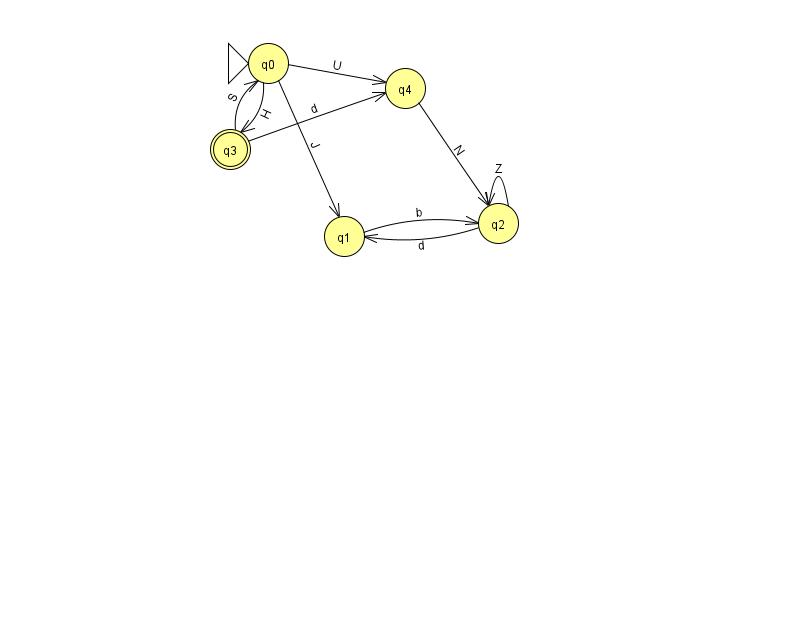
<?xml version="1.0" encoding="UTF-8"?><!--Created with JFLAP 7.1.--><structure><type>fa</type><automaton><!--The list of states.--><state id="0" name="q0"><x>268.0</x><y>50.0</y><initial/></state><state id="1" name="q1"><x>344.0</x><y>223.0</y></state><state id="2" name="q2"><x>498.0</x><y>210.0</y></state><state id="3" name="q3"><x>230.0</x><y>136.0</y><final/></state><state id="4" name="q4"><x>405.0</x><y>75.0</y></state><!--The list of transitions.--><transition><from>1</from><to>2</to><read>b</read></transition><transition><from>0</from><to>3</to><read>H</read></transition><transition><from>0</from><to>4</to><read>U</read></transition><transition><from>2</from><to>1</to><read>d</read></transition><transition><from>3</from><to>0</to><read>S</read></transition><transition><from>3</from><to>4</to><read>d</read></transition><transition><from>2</from><to>2</to><read>Z</read></transition><transition><from>0</from><to>1</to><read>J</read></transition><transition><from>4</from><to>2</to><read>N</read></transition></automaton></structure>